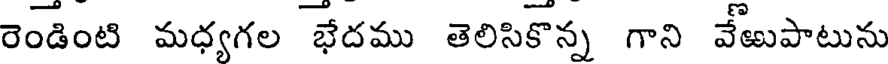
రెండింటి మధ్యగల భేదము తెలిసికొన్న గాని వేజుపాటును